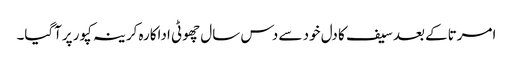
امرتاکے بعد سیف کا دل خود سے دس سال چھوٹی اداکارہ کرینہ کپور پرآگیا۔